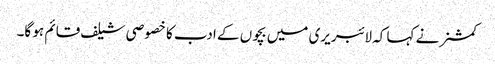
کمشنر نے کہا کہ لائبریری میں بچوں کے ادب کا خصوصی شیلف قائم ہو گا۔